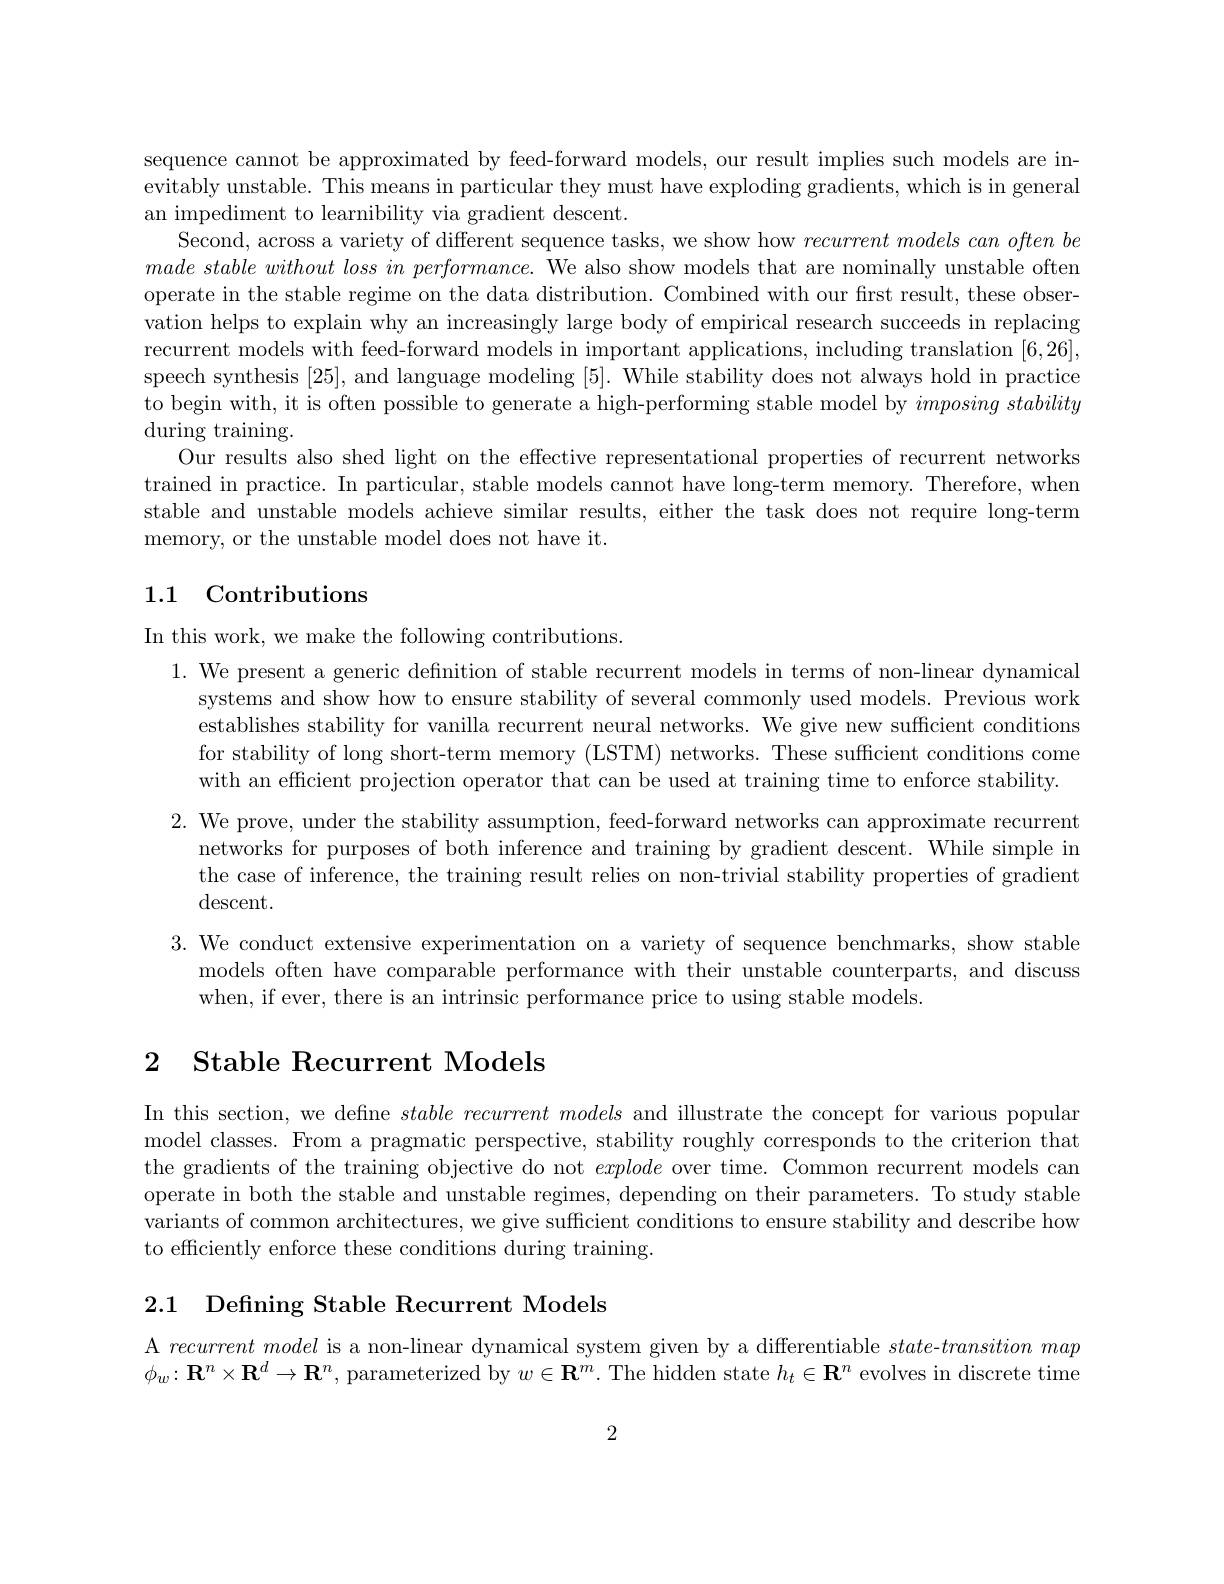
sequence cannot be approximated by feed-forward models, our result implies such models are inevitably unstable. This means in particular they must have exploding gradients, which is in general an impediment to learnibility via gradient descent.
Second, across a variety of different sequence tasks, we show how recurrent models can often be $made\textit{ stable without loss in performance. We also show models that are nominally unstable often}$ operate in the stable regime on the data distribution. Combined with our first result, these observation helps to explain why an increasingly large body of empirical research succeeds in replacing recurrent models with feed-forward models in important applications, including translation [6,26], speech synthesis [25], and language modeling [5]. While stability does not always hold in practice to begin with, it is often possible to generate a high-performing stable model by $imposing\textit{stability}$ during training.
Our results also shed light on the effective representational properties of recurrent networks trained in practice. In particular, stable models cannot have long-term memory. Therefore, when stable and unstable models achieve similar results, either the task does not require long-term memory, or the unstable model does not have it.

## 1.1 Contributions

In this work, we make the following contributions.
1. We present a generic definition of stable recurrent models in terms of non-linear dynamical
systems and show how to ensure stability of several commonly used models. Previous work establishes stability for vanilla recurrent neural networks. We give new sufficient conditions for stability of long short-term memory (LSTM) networks. These sufficient conditions come with an efficient projection operator that can be used at training time to enforce stability.
2. We prove, under the stability assumption, feed-forward networks can approximate recurrent
networks for purposes of both inference and training by gradient descent. While simple in the case of inference, the training result relies on non-trivial stability properties of gradient descent.

3. We conduct extensive experimentation on a variety of sequence benchmarks, show stable
models often have comparable performance with their unstable counterparts, and discuss
when, if ever, there is an intrinsic performance price to using stable models.

## 2 Stable Recurrent Models

In this section, we define $stable\textit{recurrent models and illustrate the concept for various popular}$ model classes. From a pragmatic perspective, stability roughly corresponds to the criterion that the gradients of the training objective do not explode over time. Common recurrent models can operate in both the stable and unstable regimes, depending on their parameters. To study stable variants of common architectures, we give sufficient conditions to ensure stability and describe how to efficiently enforce these conditions during training.

2.1 Defining Stable Recurrent Models

A recurrentmodel is a non-linear dynamical system given by a differentiable $state-transition$ map $\phi_w:\mathbf{R}^n\times\mathbf{R}^d\to\mathbf{R}^n$, parameterized by $w\in\mathbf{R}^m.$ The hidden state $h_t\in\mathbf{R}^n$ evolves in discrete time

2